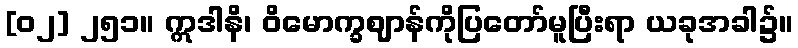
[၀၂] ၂၅၁။ ဣဒါနိ၊ ဝိမောက္ခဈာန်ကိုပြတော်မူပြီးရာ ယခုအခါ၌။